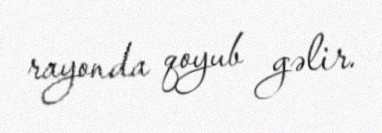
rayonda qoyub gəlir.